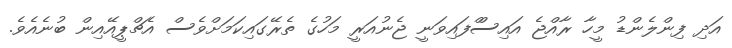
އަދި ފިންލެންޑު މީހާ ރާއްޖެ އައިސްްފައިވަނީ ޖެނުއަރީ މަހުގެ ތެރޭގައިކަމަށްވެސް އެޗްޕީއޭއިން ބުނެއެވެ.